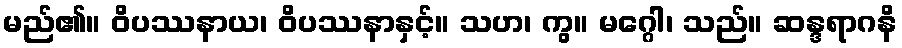
မည်၏။ ဝိပဿနာယ၊ ဝိပဿနာနှင့်။ သဟ၊ ကွ။ မဂ္ဂေါ၊ သည်။ ဆန္ဒရာဂနိ